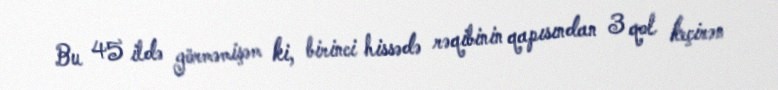
Bu 45 ildə görməmişəm ki, birinci hissədə rəqibinin qapısından 3 qol keçirən